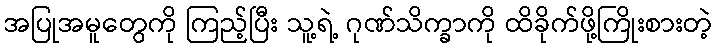
အပြုအမူတွေကို ကြည့်ပြီး သူ့ရဲ့ ဂုဏ်သိက္ခာကို ထိခိုက်ဖို့ကြိုးစားတဲ့